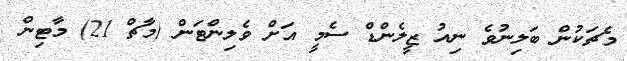
މެޗަކުން ބަލިނުވެ ނިއު ޒީލެންޑް ސެމީ އަށް ވެލިންޓަން (މާޗް 21) މާޓިން